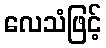
လေသံဖြင့်